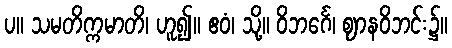
ပ။ သမတိက္ကမာတိ၊ ဟူ၍။ ဧဝံ၊ သို့။ ဝိဘင်္ဂေ၊ ဈာနဝိဘင်း၌။